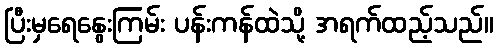
ပြီးမှရေနွေးကြမ်း ပန်းကန်ထဲသို့ အရက်ထည့်သည်။